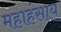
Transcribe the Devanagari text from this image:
महाहंसाय